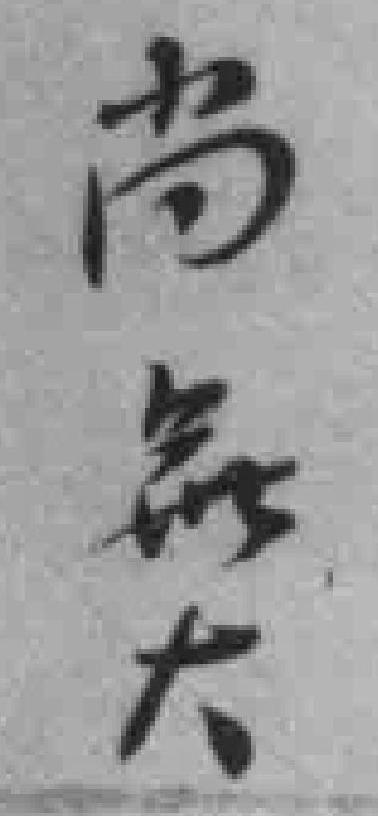
尚無大